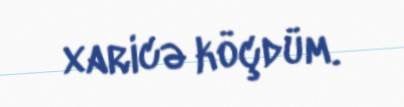
xaricə köçdüm.